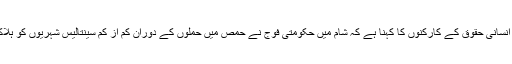
ادھر شام میں انسانی حقوق کے کارکنوں کا کہنا ہے کہ شام میں حکومتی فوج نے حمص میں حملوں کے دوران کم از کم سینتالیس شہریوں کو ہلاک کر دیا ہے۔